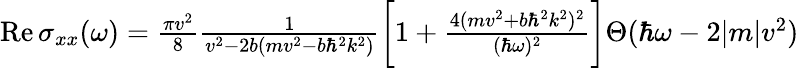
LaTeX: \begin{array}{r}{\mathrm{Re}\, \sigma_{xx}(\omega)=\frac{\pi v^{2}}{8}\frac{1}{v^{2}-2b(mv^{2}-b\hbar^{2}k^{2})}\bigg[1+\frac{4(mv^{2}+b\hbar^{2}k^{2})^{2}}{(\hbar\omega)^{2}}\bigg]\Theta(\hbar\omega-2|m|v^{2})}\end{array}